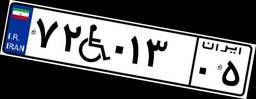
۷۲W۰۱۳۰۵